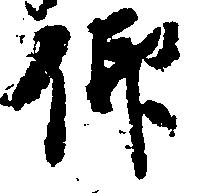
仰